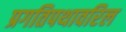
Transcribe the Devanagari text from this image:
प्रगतिपथावरिल